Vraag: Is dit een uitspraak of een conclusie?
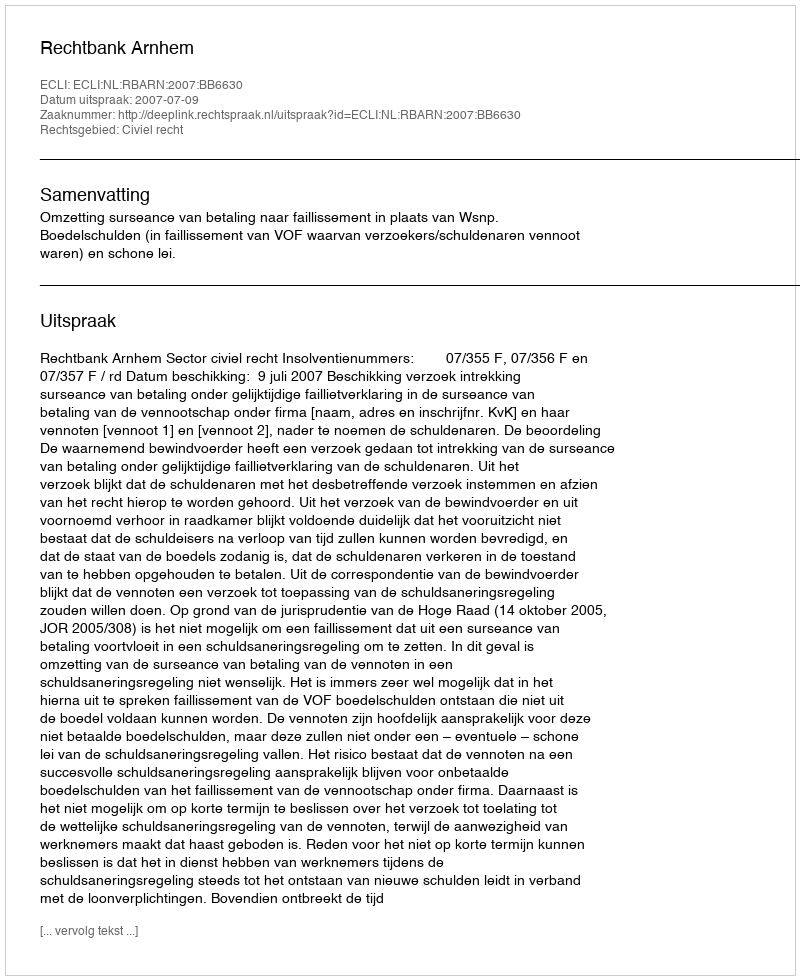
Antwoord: Uitspraak